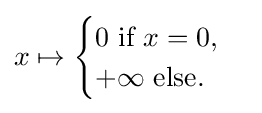
x\mapsto {\begin{cases}0{\text{ if }}x=0,\\+\infty {\text{ else.}}\end{cases}}